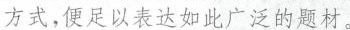
方式，便足以表达如此广泛的题材。